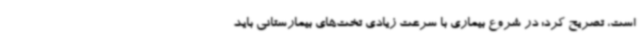
است، تصریح کرد: در شروع بیماری با سرعت زیادی تخت‌های بیمارستانی باید